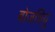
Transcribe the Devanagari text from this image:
बोजशियु